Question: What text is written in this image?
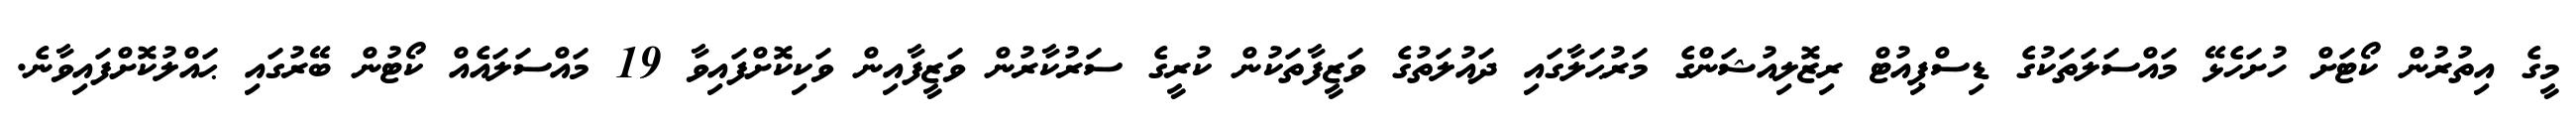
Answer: މީގެ އިތުރުން ކޯޓަށް ހުށަހެޅޭ މައްސަލަތަކުގެ ޑިސްޕިއުޓް ރިޒޮލިއުޝަންގެ މަރުޙަލާގައި ދައުލަތުގެ ވަޒީފާތަކުން ކުރީގެ ސަރުކާރުން ވަޒީފާއިން ވަކިކޮށްފައިވާ 19 މައްސަލައެއް ކޯޓުން ބޭރުގައި ޙައްލުކޮށްފައިވާނެ.